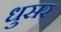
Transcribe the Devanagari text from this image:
धुसर